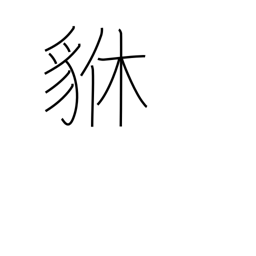
Meaning: brave heraldic beast